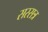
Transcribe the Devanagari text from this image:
सस्सत्र